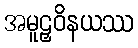
အမူဠှဝိနယဿ